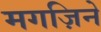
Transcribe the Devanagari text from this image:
मगज़िने